Lunatic asylums in Bengal annual reports 1912-1924 - 1912-1924
Year: 1912
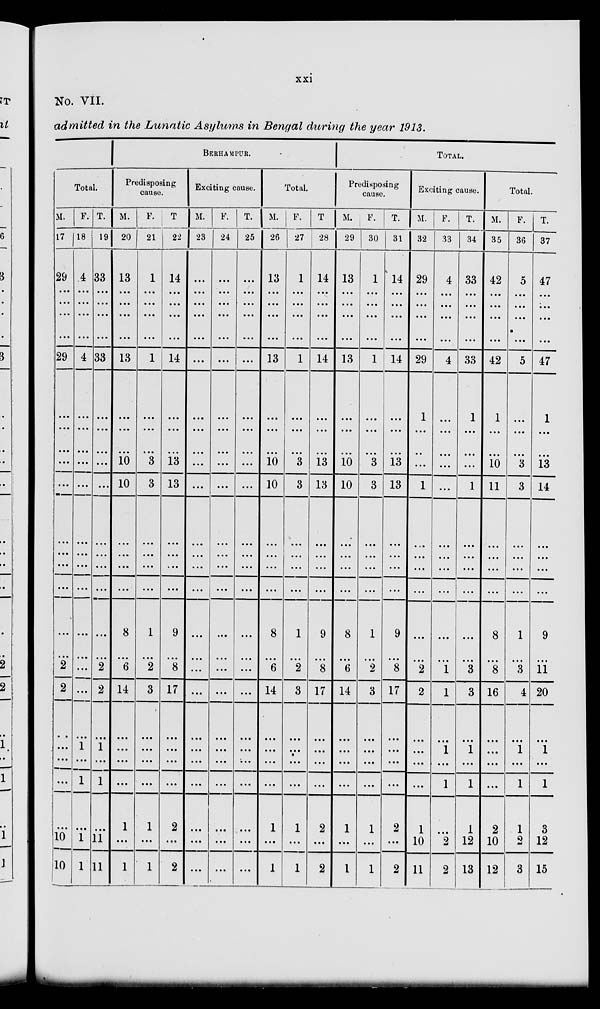
xxi
No. VII.
admitted in the Lunatic Asylums in Bengal during the year 1913.
Total.
M.
17
29
...
...
...
...
29
...
...
...
...
...
...
...
...
...
...
...
2
2
...
...
...
...
...
10
10
F.
18
4
...
...
...
...
4
...
...
...
...
...
...
...
...
...
...
...
... ...
...
1
...
1
...
1
1
T.
19
33
...
...
...
...
33
...
...
...
...
...
...
...
...
...
...
...
2
2
...
1
...
1
...
11
11
BERHAMPUR.
Predisposing
cause.
M.
20
13
...
...
...
...
13
...
...
...
10
10
...
...
...
...
8
...
6
14
...
...
...
...
1
...
1
F.
21
1
...
...
...
...
1
...
...
...
3
3
...
...
...
...
1
...
2
3
...
...
...
...
1
...
1
T.
22
14
...
...
...
...
14
...
...
...
13
13
...
...
...
...
9
...
8
17
...
...
...
...
2
...
2
Exciting cause.
M.
23
...
...
...
...
...
...
...
...
...
...
...
...
...
...
...
...
...
...
...
...
...
...
...
...
...
...
F.
24
...
...
...
...
...
...
...
...
...
...
...
...
...
...
...
...
...
...
...
...
...
...
...
...
...
...
T.
25
...
...
...
...
...
...
...
...
...
...
...
...
...
...
...
...
...
...
...
...
...
...
...
...
...
...
Total.
M.
26
13
...
...
...
...
13
...
...
...
10
10
...
...
...
...
8
...
6
14
...
...
...
...
1
...
1
F.
27
1
...
...
...
...
1
...
...
...
3
3
...
...
...
...
1
...
2
3
...
. ...
...
...
1
...
1
T.
28
14
...
...
...
...
14
...
...
...
13
13
...
...
...
...
9
...
8
17
...
...
...
...
2
...
2
TOTAL.
Predisposing
cause.
M.
29
13
...
...
...
...
13
...
...
...
10
10
...
...
...
...
8
...
6
14
...
...
...
...
1
...
1
F.
30
1
...
...
...
...
1
...
...
...
3
3
...
...
...
...
1
...
2
3
...
...
...
...
1
...
1
T.
31
14
...
...
...
...
14
...
...
...
13
13
...
...
...
...
9
...
8
17
...
...
...
...
2
...
2
Exciting cause.
M.
32
29
...
...
...
...
29
1
...
...
...
1
...
...
...
...
...
...
2
2
...
...
...
...
1
10
11
F.
33
4
...
...
...
...
4
...
...
...
...
...
...
...
...
...
...
...
1
1
...
1
...
1
...
2
2
T.
34
33
...
...
...
...
33
1
...
...
...
1
...
...
...
...
...
...
3
3
...
1
...
1
1
12
13
Total.
M.
35
42
...
...
...
...
42
1
...
...
10
11
...
...
...
...
8
...
8
16
...
...
...
...
2
10
12
F.
36
5
...
...
...
...
5
...
...
...
3
3
...
...
...
...
1
...
3
4
...
1
...
1
1
2
3
T.
37
47
...
...
...
...
47
1
...
...
13
14
...
...
...
...
9
...
11
20
...
1
...
1
3
12
15